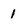
Character: 1